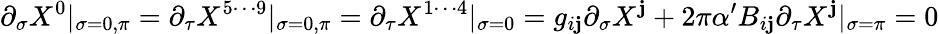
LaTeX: \partial_{\sigma}X^{0}|_{\sigma=0,\pi}=\partial_{\tau}X^{5\cdots9}|_{\sigma=0,\pi}=\partial_{\tau}X^{1\cdots4}|_{\sigma=0}=g_{i\mathbf{j}}\partial_{\sigma}X^{\mathbf{j}}+2\pi\alpha^{\prime}B_{i\mathbf{j}}\partial_{\tau}X^{\mathbf{j}}|_{\sigma=\pi}=0